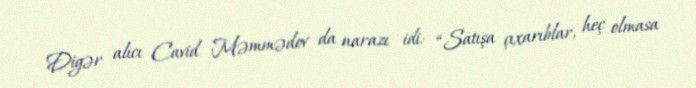
Digər alıcı Cavid Məmmədov da narazı idi: “Satışa çıxarıblar, heç olmasa